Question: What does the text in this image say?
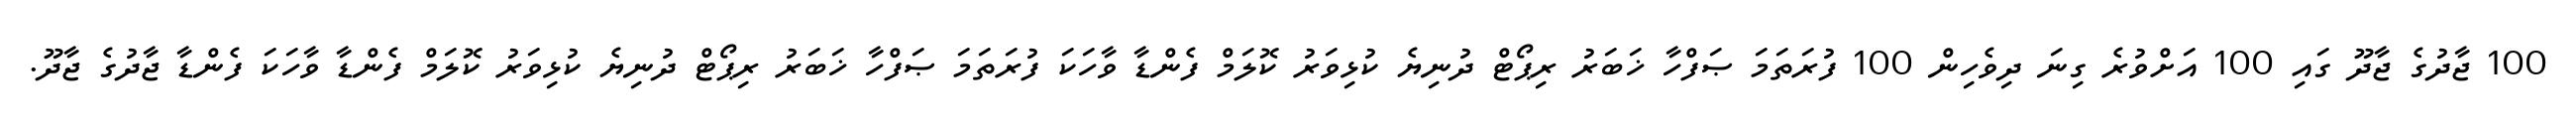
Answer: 100 ޖާދުގެ ޖާދޫ ގައި 100 އަށްވުރެ ގިނަ ދިވެހިން 100 ފުރަތަމަ ޞަފްހާ ޚަބަރު ރިޕޯޓް ދުނިޔެ ކުޅިވަރު ކޮލަމް ފެންޑާ ވާހަކަ ފުރަތަމަ ޞަފްހާ ޚަބަރު ރިޕޯޓް ދުނިޔެ ކުޅިވަރު ކޮލަމް ފެންޑާ ވާހަކަ ފެންޑާ ޖާދުގެ ޖާދޫ.